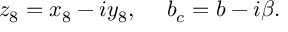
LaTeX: z _ { 8 } = x _ { 8 } - i y _ { 8 } , \; \quad b _ { c } = b - i \beta . \;